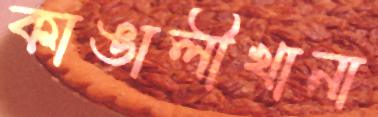
কাঙালীখানা